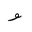
Letter: _waw